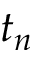
t _ { n }